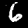
Digit: 6